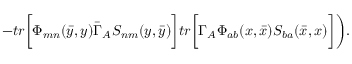
- t r \biggl [ \Phi _ { m n } ( \bar { y } , y ) \bar { \Gamma } _ { A } S _ { n m } ( y , \bar { y } ) \biggr ] t r \biggl [ \Gamma _ { A } \Phi _ { a b } ( x , \bar { x } ) S _ { b a } ( \bar { x } , x ) \biggr ] \biggr ) .